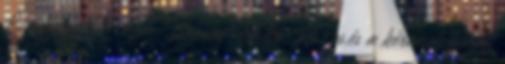
Ez hányadik? Dr. Baranyi Enikő: 26-os.és a kérdések között